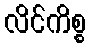
လိင်ကိစ္စ